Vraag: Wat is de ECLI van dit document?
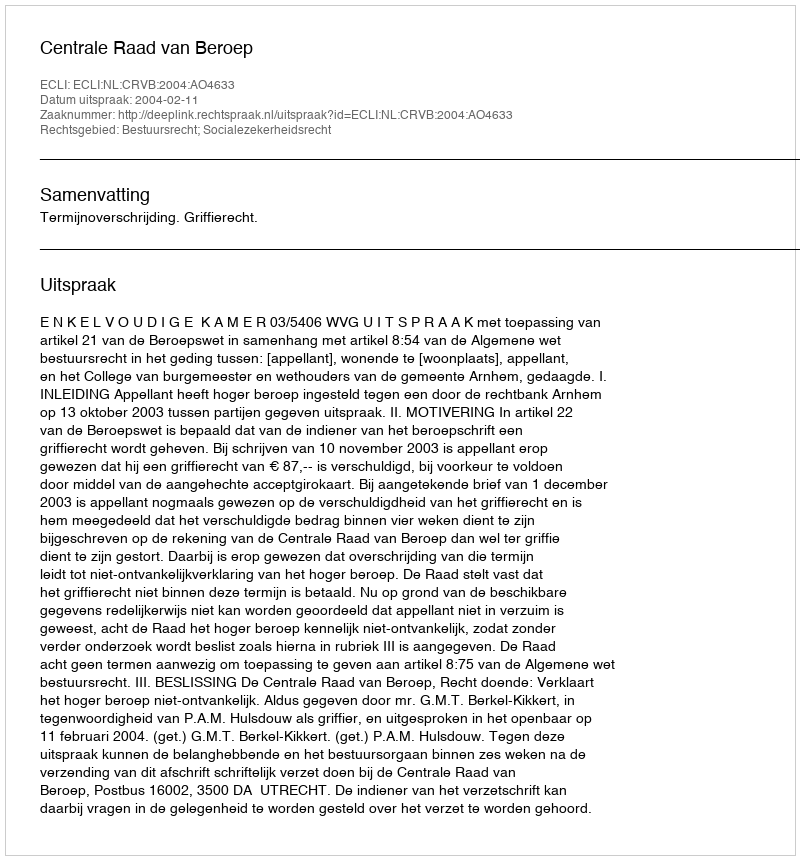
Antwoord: ECLI:NL:CRVB:2004:AO4633